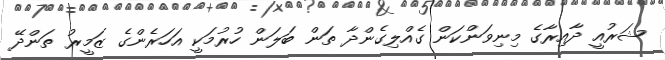
ޝަރުއީ ދާއިރާގެ މިނިވަންކަން ގެއްލިގެންދާ ތަން ބަލަން ހުރުމަކީ އަހަރެންގެ ޒަމީރު ތަންދޭ